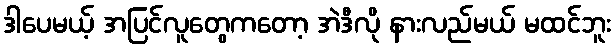
ဒါပေမယ့် အပြင်လူတွေကတော့ အဲဒီလို နားလည်မယ် မထင်ဘူး